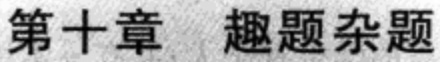
第十章 趣题杂题